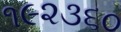
૧૯૨૩૬૦